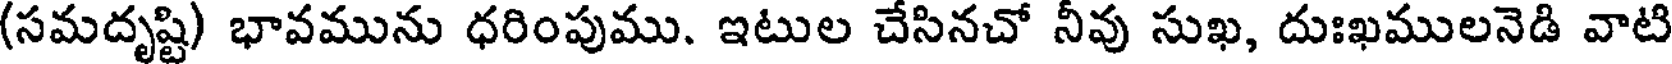
(సమదృష్టి) భావమును ధరింపుము. ఇటుల చేసినచో నీవు సుఖ, దుఃఖములనెడి వాటి